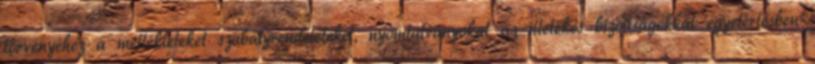
törvényéhez a mellékleteket szabályrendeleteket, nyomtatványokat az illetékes bizottságokkal egyetértésben